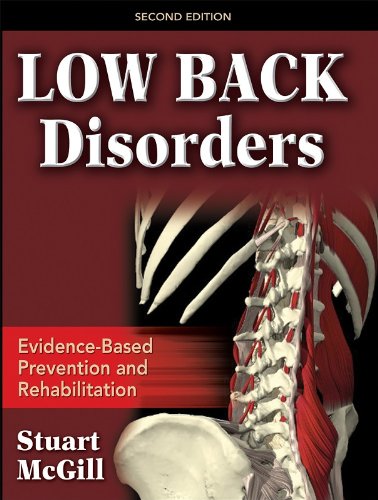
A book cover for Low Back Disorders, Second Edition; Stuart McGill; Medical Books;